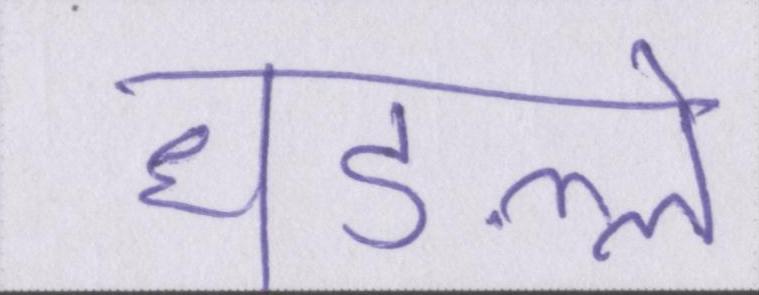
धड़ल्ले